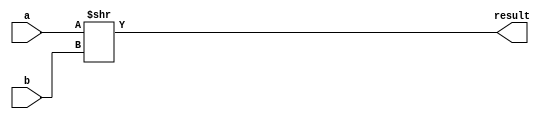
module ShiftR (input [31:0] a, b, output [31:0] result);

	assign result = a >> b;
	
endmodule